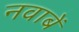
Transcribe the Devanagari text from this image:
नवाबें